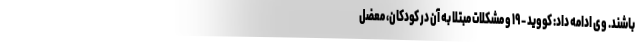
باشند. وی ادامه داد: کووید - ۱۹ و مشکلات مبتلا به آن در کودکان، معضل